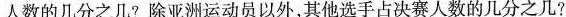
人数的几分之几?除亚洲运动员以外，其他选手占决赛人数的几分之几?